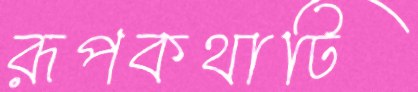
রূপকথাটি